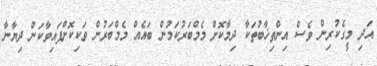
އަދި މީގެކުރިން ވެސް އިންތިޚާބުތަކާ ދިމާކޮށް މެމްބަރުކަމުން ބައެއް މެމްބަރުން ވަކިކޮށްފައިވާކަން ދިޔާނާ